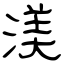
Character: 渼